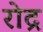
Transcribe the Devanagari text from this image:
रोद्र